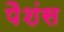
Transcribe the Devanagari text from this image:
पैशंस